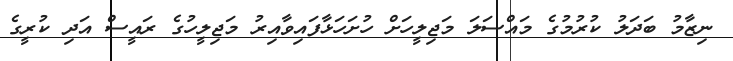
ނިޒާމު ބަދަލު ކުރުމުގެ މައްސަލަ މަޖިލީހަށް ހުށަހަޅާފައިވާއިރު މަޖިލީހުގެ ރައީސް އަދި ކުރީގެ